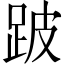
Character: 跛